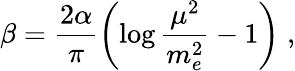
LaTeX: \beta=\frac{2\alpha}{\pi}\left(\log\frac{\mu^{2}}{m_{e}^{2}}-1\right)\; ,